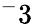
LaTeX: ^-3